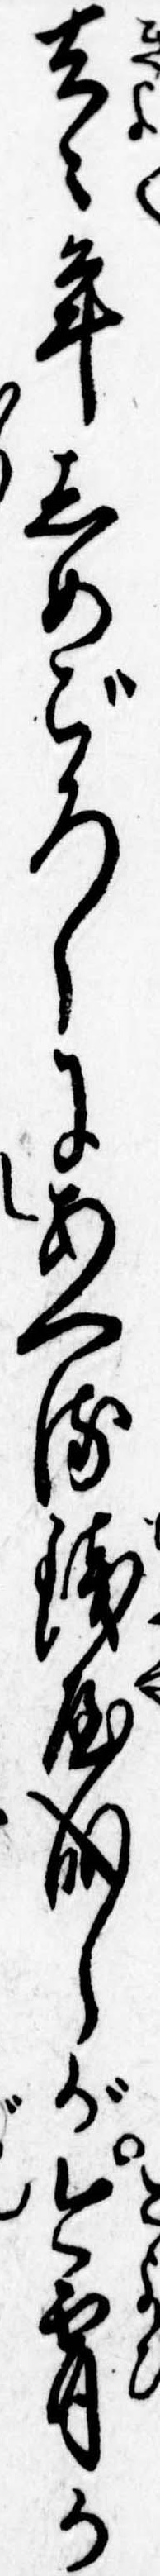
去々年しめごろしにあへる銭屋成しが今宵か